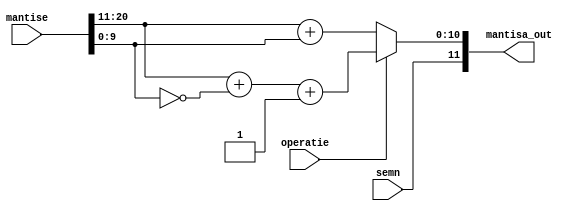
`timescale 1ns / 1ps
//////////////////////////////////////////////////////////////////////////////////
// Company: 
// Engineer: 
// 
// Design Name: 
// Module Name: AdunaScadeMantisele
// Project Name: 
// Target Devices: 
// Tool Versions: 
// Description: 
// 
// Dependencies: 
// 
// Revision:
// Revision 0.01 - File Created
// Additional Comments:
// 
//////////////////////////////////////////////////////////////////////////////////


module AdunaScadeMantisele(mantise, semn, operatie, mantisa_out);
    input wire [21:0] mantise;
    input wire semn, operatie;
    output reg [11:0] mantisa_out;
    
    reg [9:0] mantisa1, mantisa2;
    
    always @ (mantise)
        begin
            mantisa1 = mantise[20:11];
            mantisa2 = mantise[9:0];
            
            if(operatie == 1)
			     begin 
			         mantisa_out[10:0] = mantisa1 + ~mantisa2 + 1'b1;
			     end 
			 else 
			     begin 
			         mantisa_out[10:0] = mantisa1 + mantisa2;
			     end
			
			mantisa_out[11] = semn;	
        
        end
    
endmodule